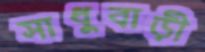
সাধুবাড়ী